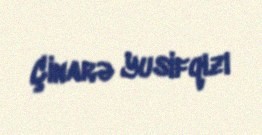
Çinarə Yusifqızı